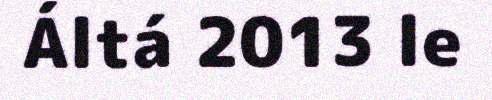
Áltá 2013 le